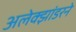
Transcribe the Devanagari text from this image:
अलेक्झांडरने